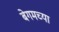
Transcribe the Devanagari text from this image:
बेगमच्या